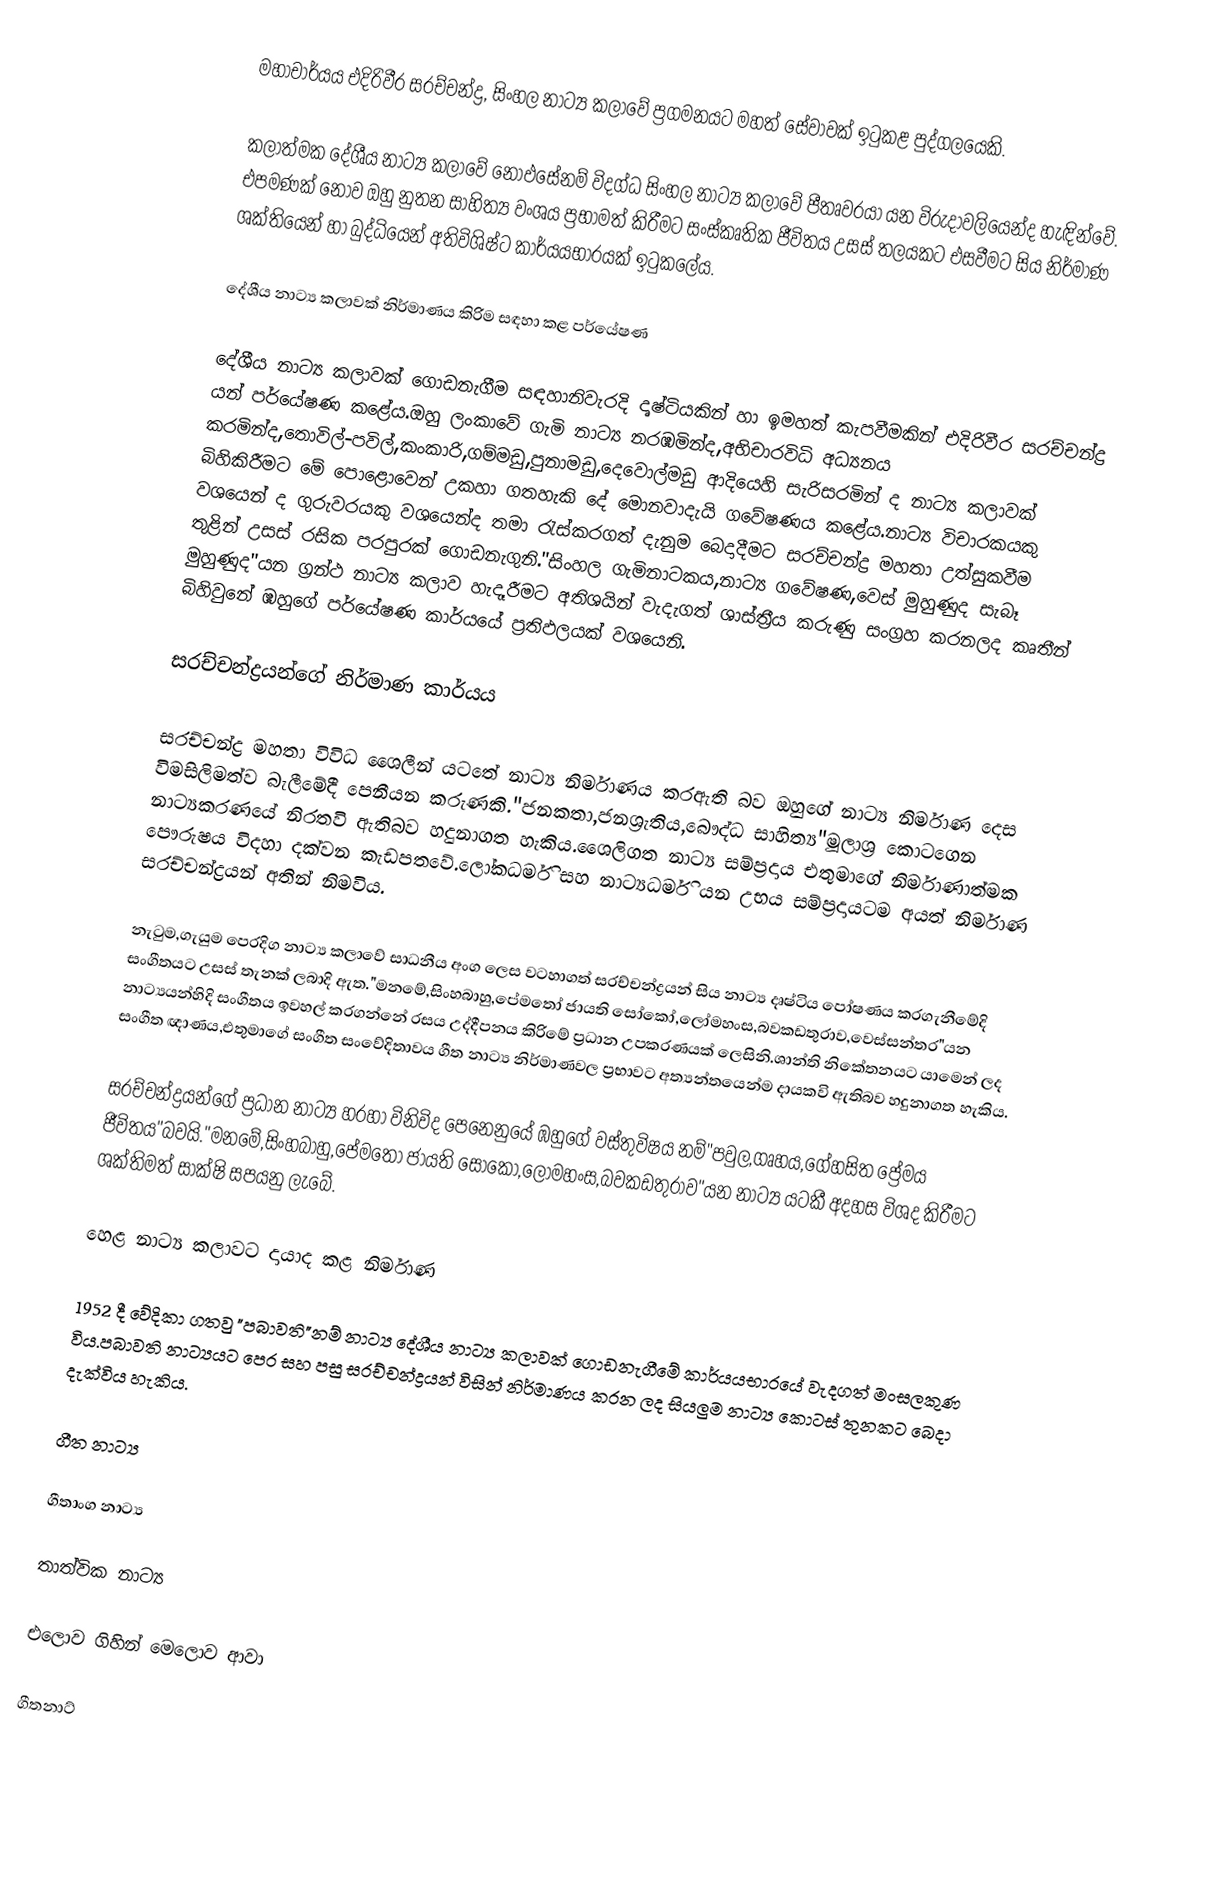
මහාචාර්යය එදිරිවීර සරච්චන්ද්‍ර, සිංහල නාට්‍ය කලාවේ ප්‍රගමනයට මහත් සේවාවක් ඉටුකළ  පුද්ගලයෙකි.

කලාත්මක දේශීය නාට්‍ය කලාවේ නොඵසේනම් විදග්ධ සිංහල නාට්‍ය කලාවේ පීතෘවරයා යන විරුදාවලියෙන්ද හැඳින්වේ. එපමණක් නොව ඔහු නුතන සාහිත්‍ය වංශය ප්‍රභාමත් කිරීමට  සංස්කෘතික ජීවිතය උසස් තලයකට එසවීමට සිය නිර්මාණ ශක්තියෙන් හා බුද්ධියෙන් අතිවිශිෂ්ට කාර්යයභාරයක් ඉටුකලේය.

දේශීය නාට්‍ය කලාවක් නිර්මාණය කිරිම සඳහා කළ පර්යේෂණ

දේශීය නාට්‍ය කලාවක් ගොඩනැගීම සඳහානිවැරදි දෘෂ්ටියකින් හා ඉමහත් කැපවීමකින් එදිරිවීර සරච්චන්ද්‍ර යන් පර්යේෂණ කළේය.ඔහු ලංකාවේ ගැමි නාට්‍ය නරඹමින්ද,අභිචාරවිධි අධ්‍යනය කරමින්ද,තොවිල්-පවිල්,කංකාරි,ගම්මඩු,පුනාමඩු,දෙවොල්මඩු ආදියෙහි සැරිසරමින් ද නාට්‍ය කලාවක් බිහිකිරීමට මේ පොළොවෙන් උකහා ගතහැකි දේ මොනවාදැයි ගවේෂණය කළේය.නාට්‍ය විචාරකයකු වශයෙන් ද ගුරුවරයකු වශයෙන්ද තමා රැස්කරගත් දැනුම බෙදාදීමට සරච්චන්ද්‍ර මහතා උත්සුකවීම තුළින් උසස් රසික පරපුරක් ගොඩනැගුනි."සිංහල ගැමිනාටකය,නාට්‍ය ගවේෂණ,වෙස් මුහුණුද සැබෑ මුහුණුද"යන ග්‍රන්ථ නාට්‍ය කලාව හැදෑරීමට අතිශයින් වැදැගත් ශාස්ත්‍රීය කරුණු සංග්‍රහ කරනලද කෘතීන් බිහිවුනේ ඹහුගේ පර්යේෂණ කාර්යයේ ප්‍රතිඵලයක් වශයෙනි.

සරච්චන්ද්‍රයන්ගේ නිර්මාණ කාර්යය

සරච්චන්ද්‍ර මහතා විවිධ ශෛලීන් යටතේ නාට්‍ය නිර්මාණය කරඇති බව ඔහුගේ නාට්‍ය නිර්මාණ දෙස විමසිලිමත්ව බැලීමේදී පෙනීයන කරුණකි."ජනකතා,ජනශ්‍රැතිය,බෞද්ධ සාහිත්‍ය"මූලාශ්‍ර කොටගෙන නාට්‍යකරණයේ නිරතවි ඇතිබව හදුනාගත හැකිය.ශෛලිගත නාට්‍ය සම්ප්‍රදාය එතුමාගේ නිර්මාණාත්මක පෞරුෂය විදහා දක්වන කැඩපතවේ.ලෝකධර්මි සහ නාට්‍යධර්මි යන උභය සම්ප්‍රදායටම අයත් නිර්මාණ සරච්චන්ද්‍රයන් අතින් නිමවිය.

නැටුම,ගැයුම පෙරදිග නාට්‍ය කලාවේ සාධනීය අංග ලෙස වටහාගත් සරච්චන්ද්‍රයන් සිය නාට්‍ය දෘෂ්ටිය පෝෂණය කරගැනීමේදි සංගීතයට උසස් තැනක් ලබාදි ඇත."මනමේ,සිංහබාහු,පේමතෝ ජායති සෝකෝ,ලෝමහංස,බවකඩතුරාව,වෙස්සන්තර"යන නාට්‍යයන්හිදි සංගීතය ඉවහල් කරගන්නේ රසය උද්දීපනය කිරිමේ ප්‍රධාන උපකරණයක් ලෙසිනි.ශාන්ති නිකේතනයට යාමෙන් ලද සංගීත ඥාණය,එතුමාගේ සංගීත සංවේදිතාවය ගීත නාට්‍ය නිර්මාණවල ප්‍රභාවට අත්‍යන්තයෙන්ම දායකවි ඇතිබව හදුනාගත හැකිය.

සරච්චන්ද්‍රයන්ගේ ප්‍රධාන නාට්‍ය හරහා විනිවිද පෙනෙනුයේ ඹහුගේ වස්තුවිෂය නම්"පවුල,ගෘහය,ගේහසිත ප්‍රේමය ජීවිතය"බවයි."මනමේ,සිංහබාහු,පේමතෝ ජායති සෝකෝ,ලෝමහංස,බවකඩතුරාව"යන නාට්‍ය යටකී අදහස විශද කිරීමට ශක්තිමත් සාක්ෂි සපයනු ලැබේ.

හෙළ නාට්‍ය කලාවට දායාද කළ නිර්මාණ

1952 දී වේදිකා ගතවු "පබාවති"නම් නාට්‍ය දේශීය නාට්‍ය කලාවක් ගොඩනැගීමේ කාර්යයභාරයේ වැදගත් මංසලකුණ විය.පබාවති නාට්‍යයට පෙර සහ පසු සරච්චන්ද්‍රයන් විසින් නිර්මාණය කරන ලද සියලුම නාට්‍ය කොටස් තුනකට බෙදා දැක්විය හැකිය.

ගීත නාට්‍ය

ගීතාංග නාට්‍ය

තාත්වික නාට්‍ය

එලොව ගිහින් මෙලොව ආවා

ගීතනාට්‍